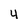
Character: 4